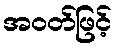
အဝတ်ဖြင့်